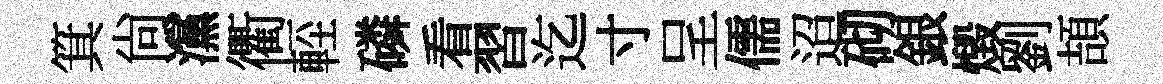
箕尚灙衢䡖磷看習迄寸呈儒迢砌銀燬劉頡